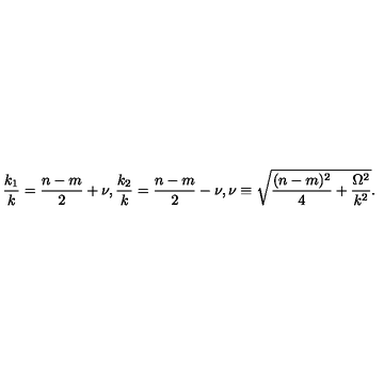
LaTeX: \frac { k _ { 1 } } { k } = \frac { n - m } { 2 } + \nu , \frac { k _ { 2 } } { k } = \frac { n - m } { 2 } - \nu , \nu \equiv \sqrt { \frac { ( n - m ) ^ { 2 } } { 4 } + \frac { \Omega ^ { 2 } } { k ^ { 2 } } } .